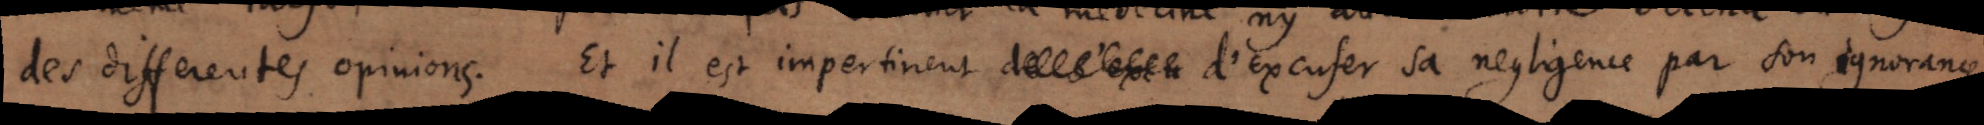
des differentes opinions. Et il est impertinent de s’excu d’excuser sa negligence par l’ignorance.